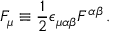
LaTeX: F _ { \mu } \equiv { \frac { 1 } { 2 } } \epsilon _ { \mu \alpha \beta } F ^ { \alpha \beta } \, .